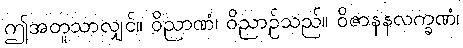
ဤအတူသာလျှင်။ ဝိညာဏံ၊ ဝိညာဉ်သည်။ ဝိဇာနနလက္ခဏံ၊